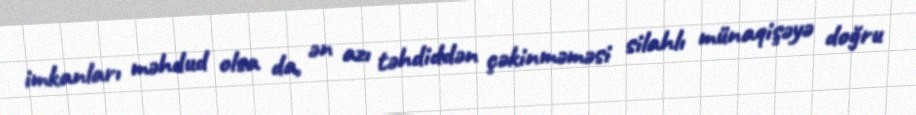
imkanları məhdud olsa da, ən azı təhdiddən çəkinməməsi silahlı münaqişəyə doğru